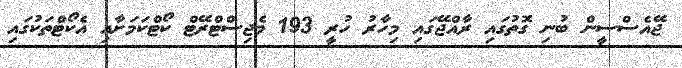
ޖޭއެސްސީން ބުނި ގޮތުގައި ރާއްޖޭގައި މިހާރު ހުރީ 193 މެޖިސްޓްރޭޓް ކޯޓްކަމަށާއި އެކޯޓްތަކުގައި